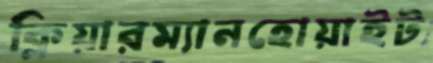
ক্লিয়ারম্যানহোয়াইট